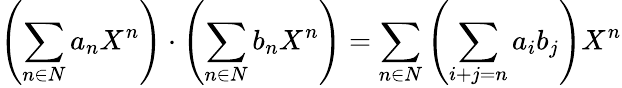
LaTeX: \left(\sum_{n\in N}a_{n}X^{n}\right)\cdot\left(\sum_{n\in N}b_{n}X^{n}\right)=\sum_{n\in N}\left(\sum_{i+j=n}a_{i}b_{j}\right)X^{n}